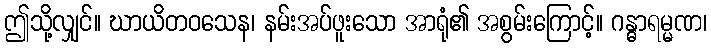
ဤသို့လျှင်။ ဃာယိတဝသေန၊ နမ်းအပ်ဖူးသော အာရုံ၏ အစွမ်းကြောင့်။ ဂန္ဓာရမ္မဏ၊